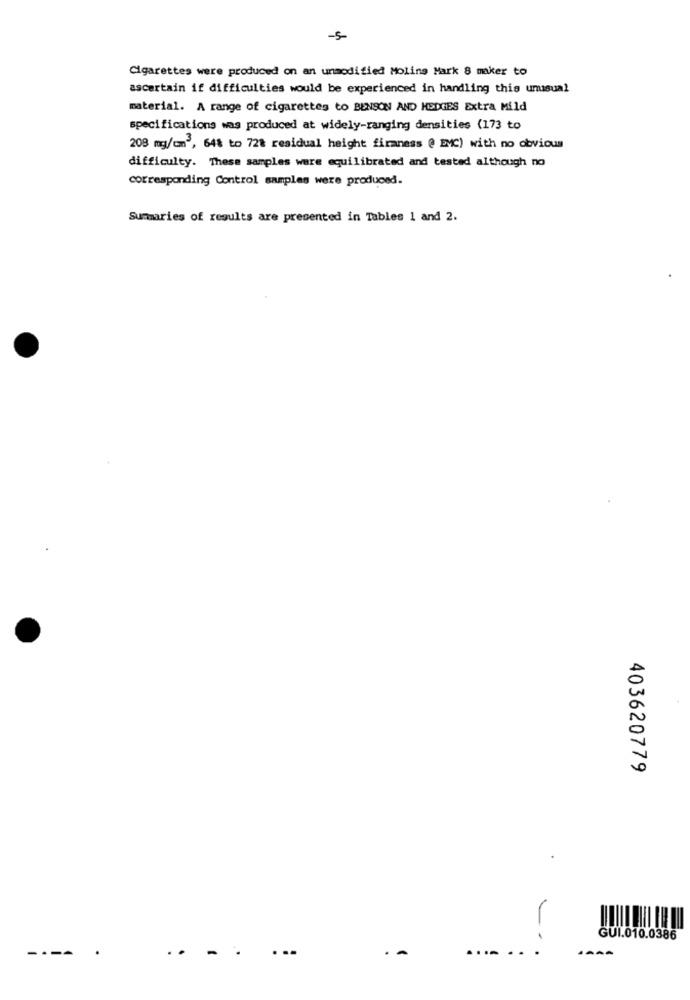
-5-
Cigarettes were produced on an unmodified Moling Mark 8 maker to
ascertain if difficulties would be experienced in handling this unusual
material. A range of cigarettes to BENSON AND HEDGES Extra Mild
specifications was produced at widely-ranging densities (173 to
208 mg/m3, 648 to 728 residual height firmness @ EMC) with no obvious
difficulty. These samples were equilibrated and tested although no
corresponding Control samples were produced.
Summaries of results are presented in Tables 1 and 2.
403620779
--
GUI.010.0386
..
..
. .
----